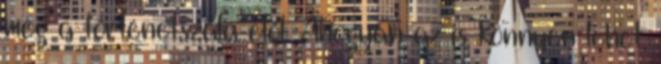
meg a történetszála elől. Ahogyan az is könnyen lehet,